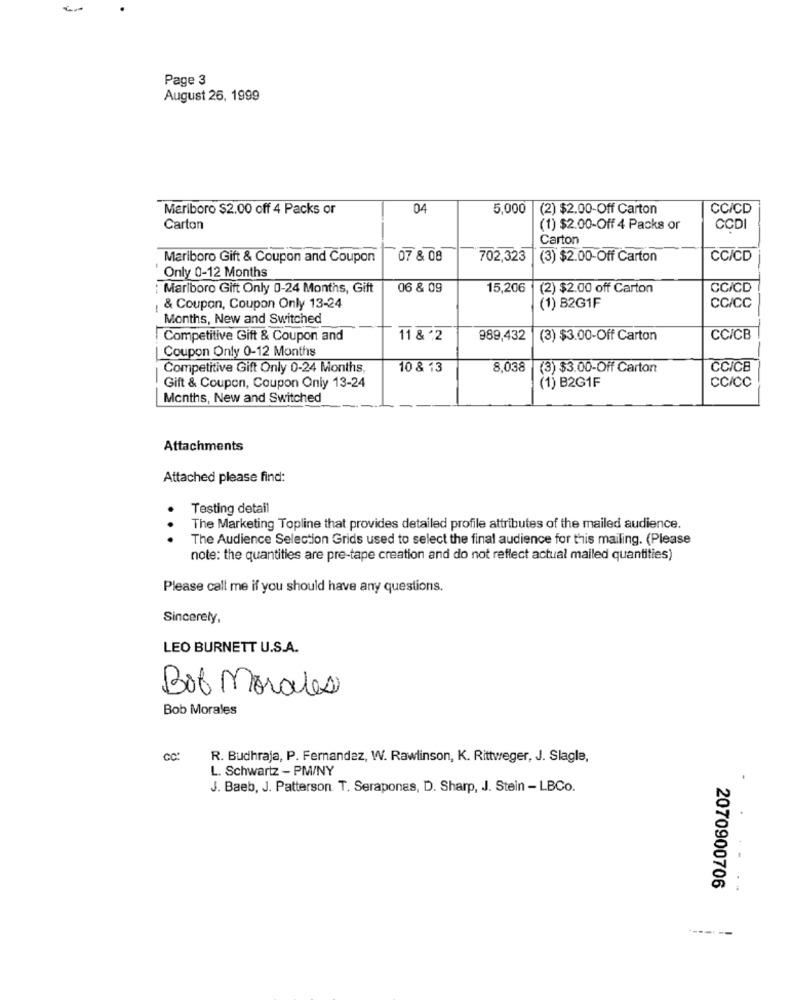
Page 3
August 26, 1999
Meriboro $2.00 off 4 Packs or
04
5,000
(2) $2.00-Off Carton
CC/CD
Carton
(1) $2.00-Off 4 Packs or
CCDI
Carton
Mariboro Gift & Coupon and Coupon
07 & 08
702,323
(3) $2.00-Off Carton
CC/CD
Only 0-12 Months
: Marlboro Gift Only 0-24 Months, Gift
06 & 09
15,206
(2) $2.00 off Carton
CC/CD
& Coupon, Coupon Only 13-24
(1) B2G1F
CC/CC
Months, New and Switched
Competitive Gift & Coupon and
11 & '2
989,432
(3) $3.00-Off Carton
CC/CB
Coupon Only 0-12 Months
Competitive Gift Only 0-24 Months,
10 & 13
8,038
(3) $3.00-Off Carton
ČCICB
Gift & Coupon, Coupon Only 13-24
(1) B2G1F
CC/CC
Months, New and Switched
Attachments
Attached please find:
Testing detail
The Marketing Topline that provides detailed profile attributes of the mailed audience.
.. .
The Audience Selection Grids used to select the final audience for this mailing. (Please
note: the quantities are pre-tape creation and do not reflect actual mailed quantities)
Please call me if you should have any questions.
Sincerely,
LEO BURNETT U.S.A.
Bot Morales
Bob Morales
CC:
R. Budhraja, P. Fernandez, W. Rawlinson, K. Rittweger, J. Slagle,
L. Schwartz - PM/NY
J. Baeb, J. Patterson T. Seraponas, D. Sharp, J. Stein - LBCo.
2070900706
..
-----